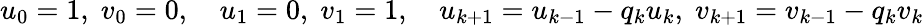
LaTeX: u_{0}=1,\; v_{0}=0,\quad u_{1}=0,\; v_{1}=1,\quad u_{k+1}=u_{k-1}-q_{k}u_{k},\; v_{k+1}=v_{k-1}-q_{k}v_{k}